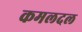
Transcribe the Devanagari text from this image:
कमलदल